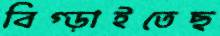
বিগ্‌ড়াইতেছ